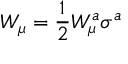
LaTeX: W _ { \mu } = \frac { 1 } { 2 } W _ { \mu } ^ { a } \sigma ^ { a }